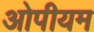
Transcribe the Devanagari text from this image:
ओपीयम